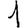
Digit: 1